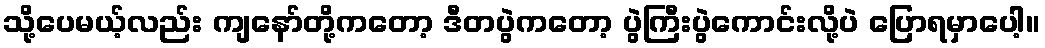
သို့ပေမယ့်လည်း ကျနော်တို့ကတော့ ဒီတပွဲကတော့ ပွဲကြီးပွဲကောင်းလို့ပဲ ပြောရမှာပေါ့။